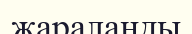
жараланды